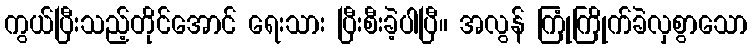
ကွယ်ပြီးသည့်တိုင်အောင် ရေးသား ပြီးစီးခဲ့ပါပြီ။ အလွန် ကြုံကြိုက်ခဲလှစွာသော